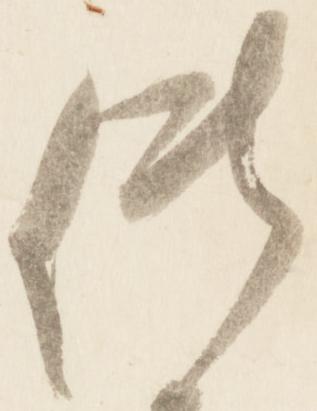
供